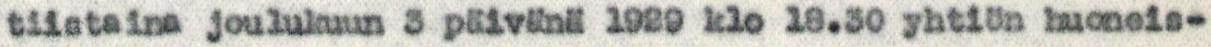
tiistaina joulukuun 3 päivänä 1929 klo 18.30 yhtiön huoneis-